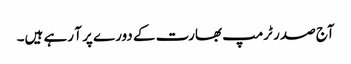
آج صدر ٹرمپ بھارت کے دورے پر آ رہے ہیں۔